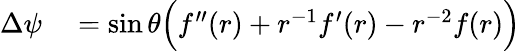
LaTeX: \begin{array}{rl}{\Delta{\psi}}&{{}=\sin\theta\Big(f^{\prime\prime}(r)+r^{-1}f^{\prime}(r)-r^{-2}f(r)\Big)}\end{array}